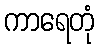
ကာရေတုံ